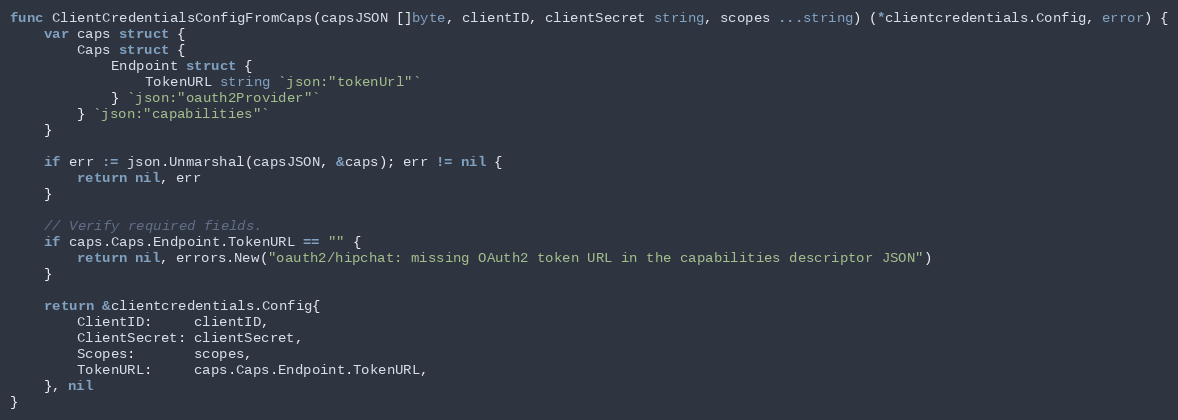
Language: Go
func ClientCredentialsConfigFromCaps(capsJSON []byte, clientID, clientSecret string, scopes ...string) (*clientcredentials.Config, error) {
	var caps struct {
		Caps struct {
			Endpoint struct {
				TokenURL string `json:"tokenUrl"`
			} `json:"oauth2Provider"`
		} `json:"capabilities"`
	}

	if err := json.Unmarshal(capsJSON, &caps); err != nil {
		return nil, err
	}

	// Verify required fields.
	if caps.Caps.Endpoint.TokenURL == "" {
		return nil, errors.New("oauth2/hipchat: missing OAuth2 token URL in the capabilities descriptor JSON")
	}

	return &clientcredentials.Config{
		ClientID:     clientID,
		ClientSecret: clientSecret,
		Scopes:       scopes,
		TokenURL:     caps.Caps.Endpoint.TokenURL,
	}, nil
}